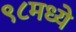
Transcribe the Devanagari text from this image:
९८मध्ये